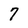
Character: 7